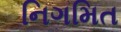
નિગમિત